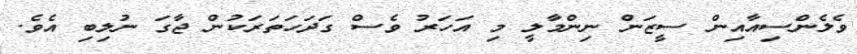
ވެލެންސިއާއިން ސީޒަން ނިންމާލީ މި އަހަރު ވެސް ގަދަހަތަރަކުން ޖާގަ ނުލިބި އެވެ.